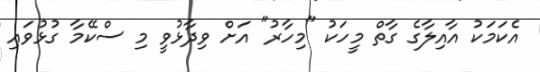
އެކަމަކު އާއިލާގެ ގާތް މީހަކު "މިހާރު" އަށް ވިދާޅުވީ މި ސްކޭމާ ގުޅުވައި